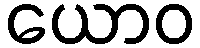
ယောဝ